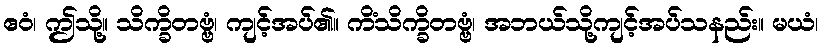
ဧဝံ၊ ဤသို့။ သိက္ခိတဗ္ဗံ၊ ကျင့်အပ်၏။ ကိံသိက္ခိတဗ္ဗံ၊ အဘယ်သို့ကျင့်အပ်သနည်း။ မယံ၊